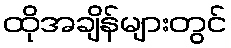
ထိုအချိန်များတွင်